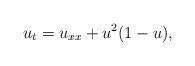
LaTeX: \begin{align*} u_t=u_{xx}+u^2(1-u),\end{align*}